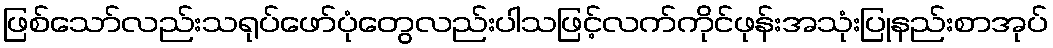
ဖြစ်သော်လည်းသရုပ်ဖော်ပုံတွေလည်းပါသဖြင့်လက်ကိုင်ဖုန်းအသုံးပြုနည်းစာအုပ်